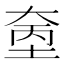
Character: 𪥓